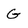
Character: G